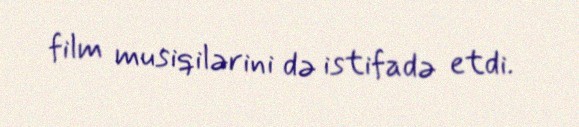
film musiqilərini də istifadə etdi.